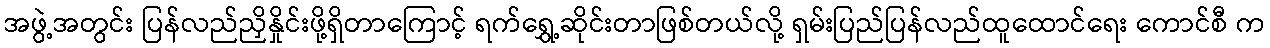
အဖွဲ့အတွင်း ပြန်လည်ညှိနှိုင်းဖို့ရှိတာကြောင့် ရက်ရွှေ့ဆိုင်းတာဖြစ်တယ်လို့ ရှမ်းပြည်ပြန်လည်ထူထောင်ရေး ကောင်စီ က